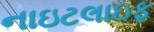
નાઇટલાઇફ